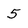
Character: 5